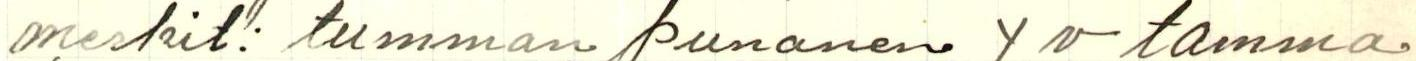
merkit: tumman punanen Yv tamma